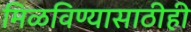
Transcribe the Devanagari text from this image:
मिळविण्यासाठीही